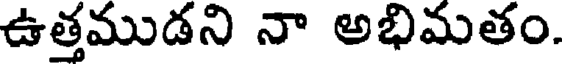
ఉత్తముడని నా అభిమతం.